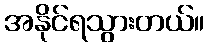
အနိုင်ရသွားတယ်။